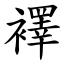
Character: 襗